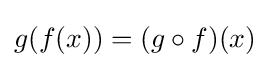
g(f(x))=(g\circ f)(x)